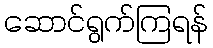
ဆောင်ရွက်ကြရန်